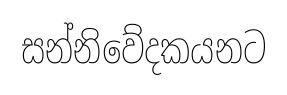
සන්නිවේදකයනට